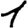
Digit: 1